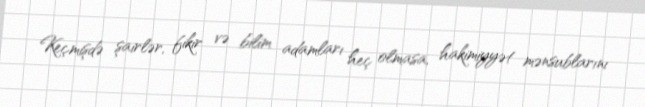
Keçmişdə şairlər, fikir və bilim adamları heç olmasa, hakimiyyət mənsublarını